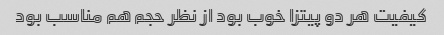
کیفیت هر دو پیتزا خوب بود از نظر حجم هم مناسب بود